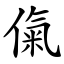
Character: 㑶